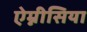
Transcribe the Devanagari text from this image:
ऐम्नीसिया